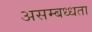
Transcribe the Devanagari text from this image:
असम्बध्धता